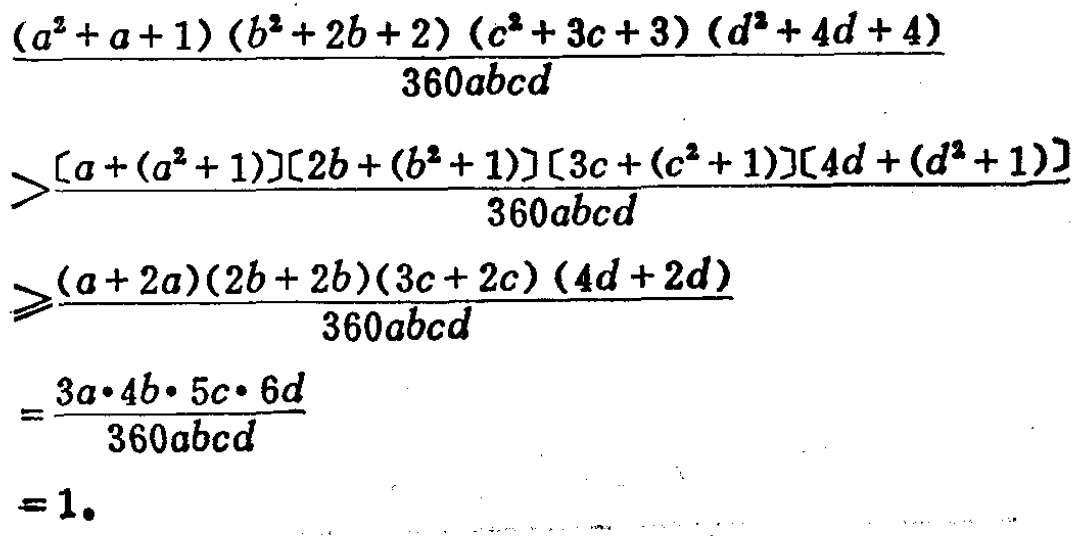
\[\begin{align*}
&\frac{(a^{2}+a + 1)(b^{2}+2b + 2)(c^{2}+3c + 3)(d^{2}+4d + 4)}{360abcd}\\
>&\frac{[a+(a^{2}+1)][2b+(b^{2}+1)][3c+(c^{2}+1)][4d+(d^{2}+1)]}{360abcd}\\
\geqslant&\frac{(a + 2a)(2b+2b)(3c + 2c)(4d+2d)}{360abcd}\\
=&\frac{3a\cdot4b\cdot5c\cdot6d}{360abcd}\\
=&1.
\end{align*}\]